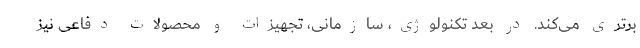
برتری می‌کند. در بعد تکنولوژی، سازمانی، تجهیزات و محصولات دفاعی نیز